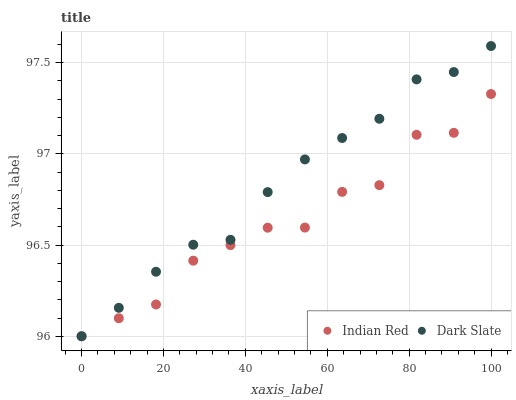
| xaxis_label | Indian Red | Dark Slate |
 | --- | --- | --- |
 | 0 | 96 | 96 |
 | 9.09 | 96.1 | 96.2 |
 | 18.2 | 96.2 | 96.4 |
 | 27.3 | 96.4 | 96.5 |
 | 36.4 | 96.5 | 96.5 |
 | 45.5 | 96.6 | 96.8 |
 | 54.5 | 96.6 | 97 |
 | 63.6 | 96.8 | 97.1 |
 | 72.7 | 96.8 | 97.2 |
 | 81.8 | 97.1 | 97.4 |
 | 90.9 | 97.1 | 97.4 |
 | 100 | 97.3 | 97.6 |